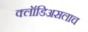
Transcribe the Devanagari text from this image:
क्लॉडिअसलाच